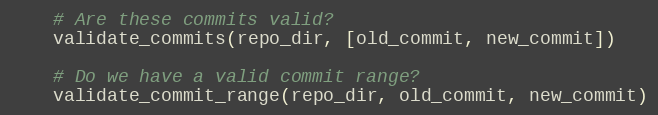
Language: Python
    # Are these commits valid?
    validate_commits(repo_dir, [old_commit, new_commit])

    # Do we have a valid commit range?
    validate_commit_range(repo_dir, old_commit, new_commit)